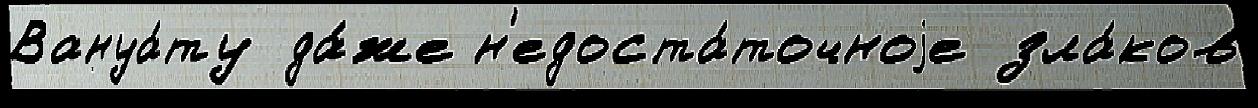
Вануа́ту да́же н'едоста́точноjе зла́ков